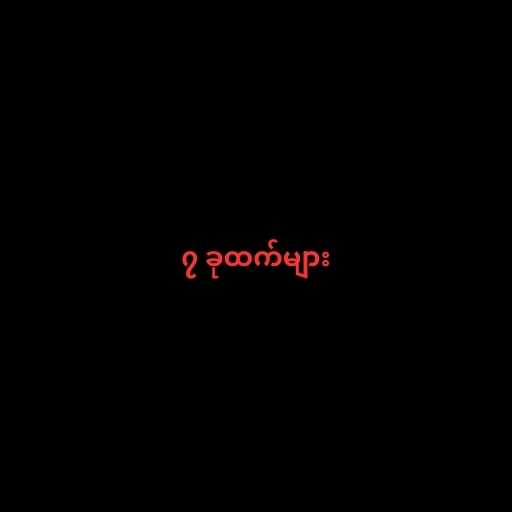
၇ ခုထက်များ